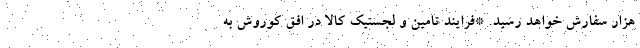
هزار سفارش خواهد رسید. *فرایند تامین و لجستیک کالا در افق کوروش به